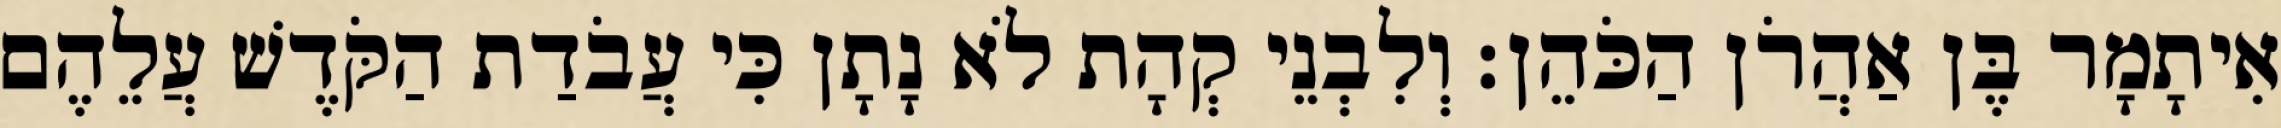
אִיתָמָר בֶּן אַהֲרֹן הַכֹּהֵן׃ וְלִבְנֵי קְהָת לֹא נָתָן כִּי עֲבֹדַת הַקֹּדֶשׁ עֲלֵהֶם